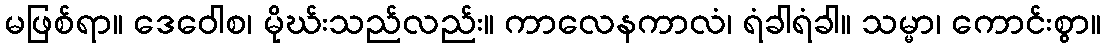
မဖြစ်ရာ။ ဒေဝေါစ၊ မိုဃ်းသည်လည်း။ ကာလေနကာလံ၊ ရံခါရံခါ။ သမ္မာ၊ ကောင်းစွာ။